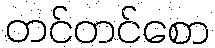
တင်တင်စော